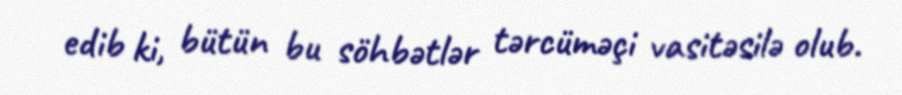
edib ki, bütün bu söhbətlər tərcüməçi vasitəsilə olub.